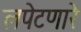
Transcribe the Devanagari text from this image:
लपेटणारे